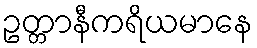
ဥတ္တာနီကရိယမာနေ